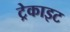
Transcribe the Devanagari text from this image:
ट्रेकाइट